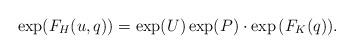
LaTeX: \begin{align*}\exp(F_H(u,q))=\exp(U)\exp(P)\cdot\exp{(F_K(q))}.\end{align*}